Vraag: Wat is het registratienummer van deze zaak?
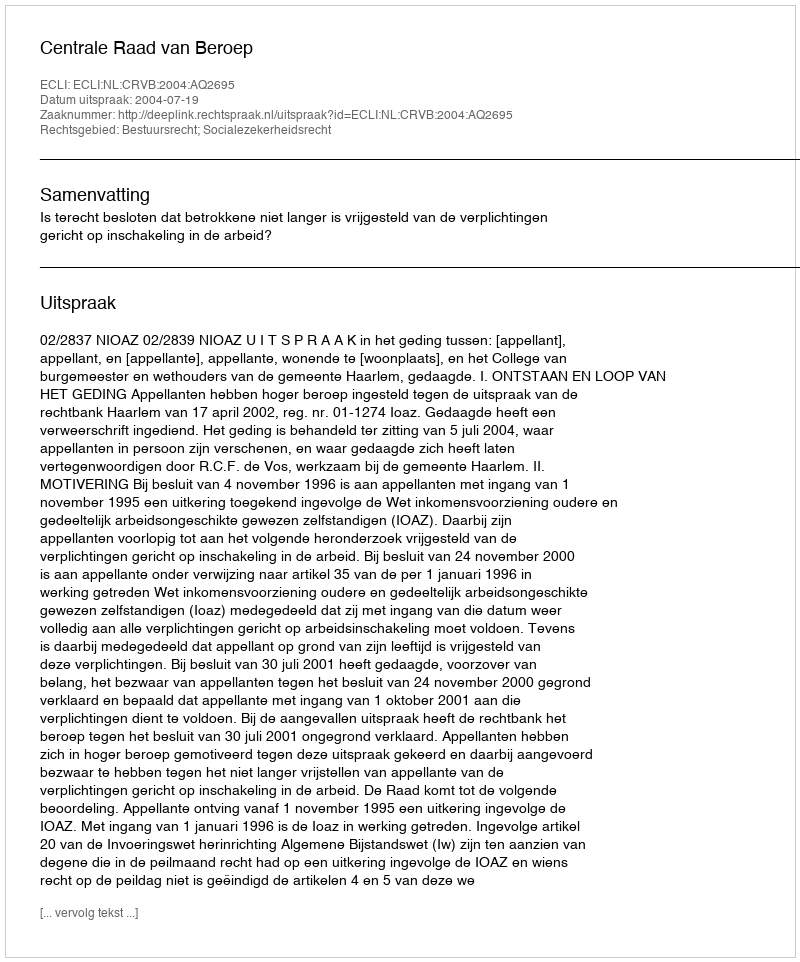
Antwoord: http://deeplink.rechtspraak.nl/uitspraak?id=ECLI:NL:CRVB:2004:AQ2695